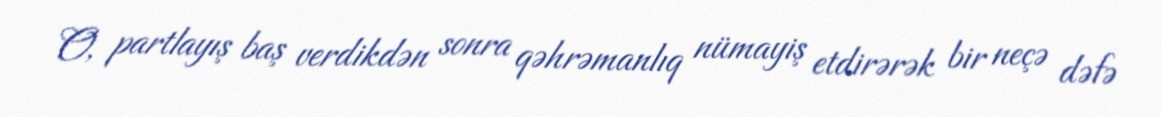
O, partlayış baş verdikdən sonra qəhrəmanlıq nümayiş etdirərək bir neçə dəfə